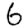
Digit: 6